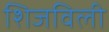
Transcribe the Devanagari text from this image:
शिजविली